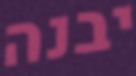
יבנה